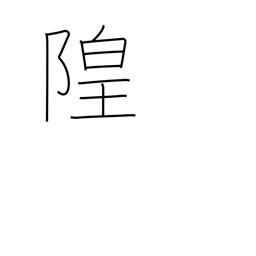
Meaning: dry moat